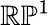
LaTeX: \mathbb{R}\mathbb{P}^{1}